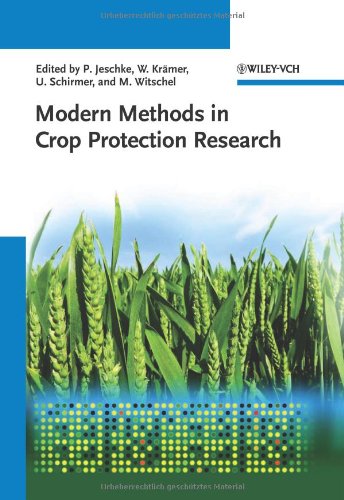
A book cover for Modern Methods in Crop Protection Research; Science & Math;